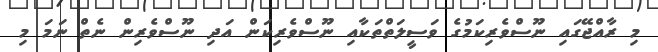
މި ރާއްޖޭގައި ނޫސްވެރިކަމުގެ ވަސީލަތްތަކާއި ނޫސްވެރިކަން އަދި ނޫސްވެރިން ނެތް ނަމަ މި